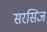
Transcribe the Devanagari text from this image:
सरसिज